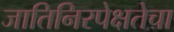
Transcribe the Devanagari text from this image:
जातिनिरपेक्षतेचा